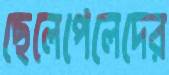
ছেলেপেলেদের